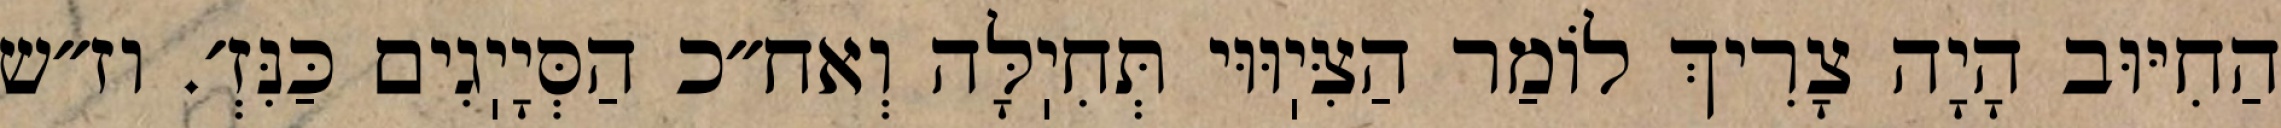
הַחִיּוּב הָיָה צָרִיךְ לוֹמַר הַצִּיֽוּוּי תְּחִיֽלָּה וְאח״כ הַסְּיָיֽגִים כַּנִּזְ׳. וז״ש